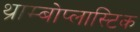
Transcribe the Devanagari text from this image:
थ्राम्बोप्लास्टिक